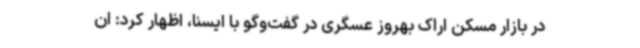
در بازار مسکن اراک بهروز عسگری در گفت‌وگو با ایسنا، اظهار کرد: ان